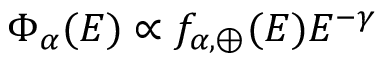
\Phi _ { \alpha } ( E ) \propto f _ { \alpha , \oplus } ( E ) E ^ { - \gamma }